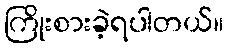
ကြိုးစားခဲ့ရပါတယ်။